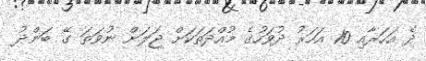
ދެ އަހަރާއި 10 އަހަރު ދުވަހުގެ މުއްދަތަކަށް ޖަލަށް ނުވަތަ ގޭ ބަންދު